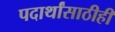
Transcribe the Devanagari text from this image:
पदार्थांसाठीही